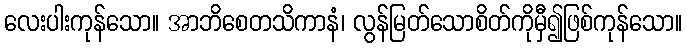
လေးပါးကုန်သော။ အာဘိစေတသိကာနံ၊ လွန်မြတ်သောစိတ်ကိုမှီ၍ဖြစ်ကုန်သော။